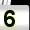
Digit: 5